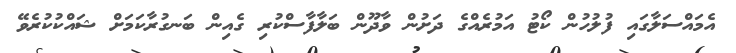
އެމައްސަލާގައި ފުލުހުން ކޯޓު އަމުރެއްގެ ދަށުން ވާދޫން ބަލާފާސްކުރި ގެއިން ބަނގުރާކަމަށް ޝައްކުކުރެވޭ